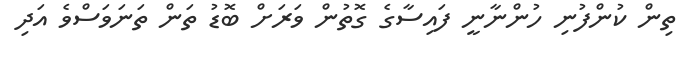
ތިން ކުންފުނި ހުންނާނީ ފައިސާގެ ގޮތުން ވަރަށް ބޮޑު ތަން ތަނަވަސްވެ އަދި